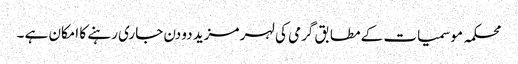
محکمہ موسمیات کے مطابق گرمی کی لہر مزید دو دن جاری رہنے کا امکان ہے ۔